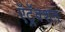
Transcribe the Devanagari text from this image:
ऍट्रॅक्शन